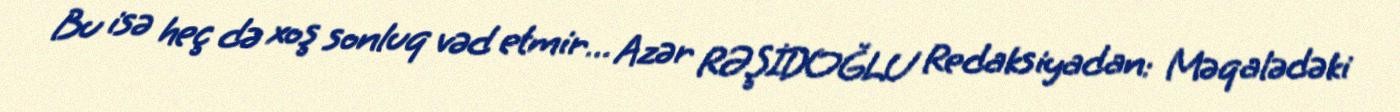
Bu isə heç də xoş sonluq vəd etmir… Azər RƏŞİDOĞLU Redaksiyadan: Məqalədəki